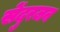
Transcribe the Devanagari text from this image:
सेंदुरजन